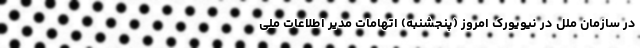
در سازمان ملل در نیویورک امروز (پنجشنبه) اتهامات مدیر اطلاعات ملی